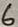
Text: 6